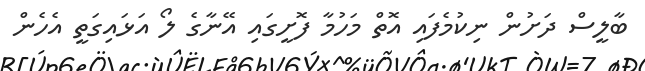
ބާލީސް ދަށުން ނިކުމެފައި އޮތް މަހުމާ ފޮށީގައި އޭނާގެ ލޯ އަޅައިގަތީ އެހެން